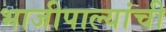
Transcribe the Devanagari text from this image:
भाजीपाल्यांची